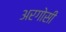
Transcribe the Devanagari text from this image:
अरगोसी